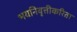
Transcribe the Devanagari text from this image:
भयनिवृत्तीकरिता